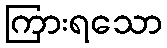
ကြားရသော